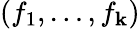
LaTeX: (f_{1},\dots,f_{\mathbf{k}})